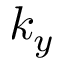
k _ { y }